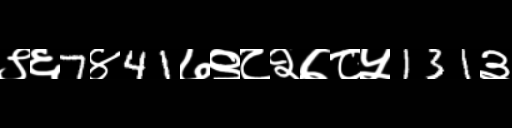
Text: ९६7४41७९८२७८५131३